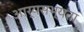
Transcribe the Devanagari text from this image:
आर्यसभ्यता